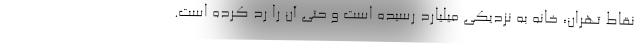
نقاط تهران، خانه به نزدیکی میلیارد رسیده است و حتی آن را رد کرده است.